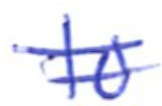
Text: to
Cross-out: double-line
Writing tool: ballpoint